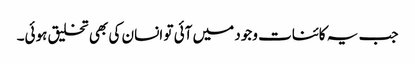
جب یہ کائنات وجود میں آئی تو انسان کی بھی تخلیق ہوئی۔